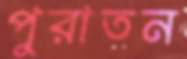
পুরাতন